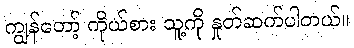
ကျွန်တော့် ကိုယ်စား သူ့ကို နှုတ်ဆက်ပါတယ်။